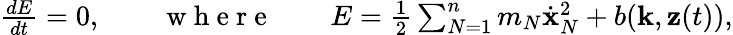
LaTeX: \begin{array}{r}{\frac{dE}{dt}=0,\qquad\mathrm{~w~h~e~r~e~}\qquad E=\frac 12\sum_{N=1}^{n}m_{N}\dot{\mathbf x}_{N}^{2}+b({\mathbf k},{\mathbf z}(t)),}\end{array}